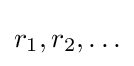
r_{1},r_{2},\ldots